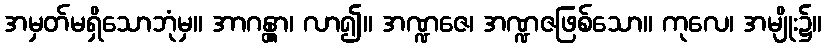
အမှတ်မရှိသောဘုံမှ။ အာဂန္တွာ၊ လာ၍။ အဏ္ဍဇေ၊ အဏ္ဍဇဖြစ်သော။ ကုလေ၊ အမျိုး၌။